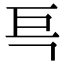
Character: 巪